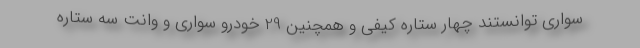
سواری توانستند چهار ستاره کیفی و همچنین 29 خودرو سواری و وانت سه ستاره